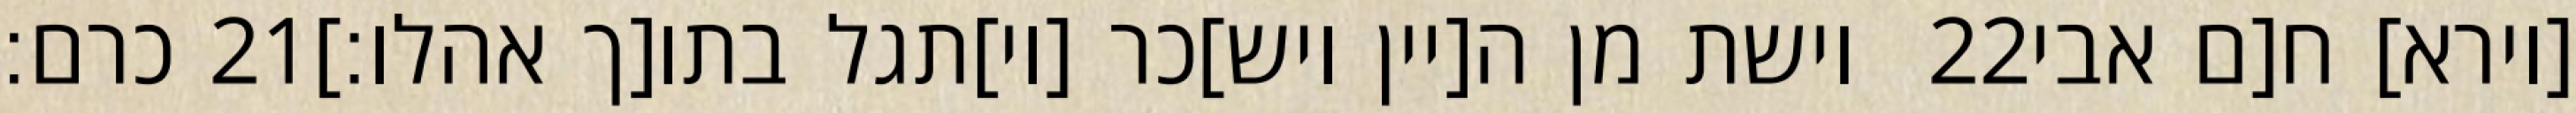
כרם׃ ‎21‏ וישת מן ה[יין ויש]כר [וי]תגל בתו[ך אהלו׃] ‎22‏ [וירא] ח[ם אבי